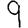
Digit: 9